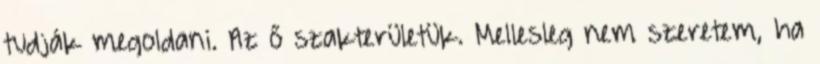
tudják megoldani. Az ő szakterületük. Mellesleg nem szeretem, ha